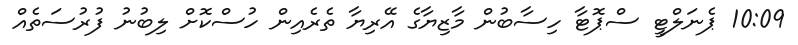
10:09 ޕެނަލްޓީ ސްޕޮޓާ ހިސާބުން މާޒިޔާގެ އޭރިޔާ ތެރެއިން ހުސްކޮށް ލިބުނު ފުރުސަތެއް